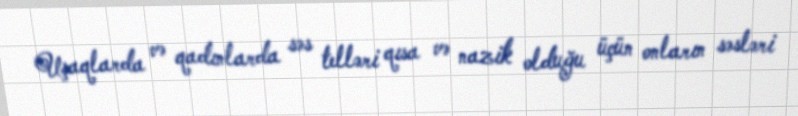
Uşaqlarda və qadınlarda səs telləri qısa və nazik olduğu üçün onların səsləri